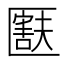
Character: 𫧚